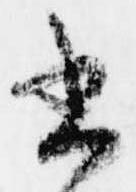
書